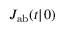
J _ { \mathrm { { a b } } } ( t | \r _ { 0 } )